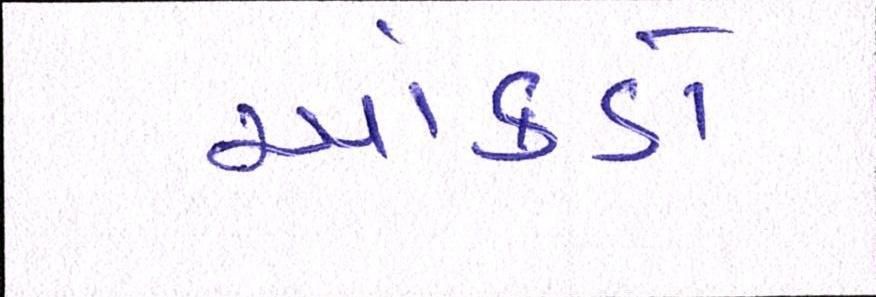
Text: આંકડો